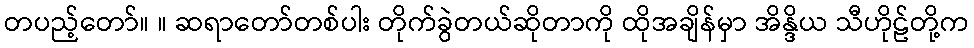
တပည့်တော်။ ။ ဆရာတော်တစ်ပါး တိုက်ခွဲတယ်ဆိုတာကို ထိုအချိန်မှာ အိန္ဒိယ သီဟိုဠ်တို့က